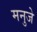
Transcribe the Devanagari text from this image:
मनुजे